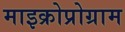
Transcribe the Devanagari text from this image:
माइक्रोप्रोग्राम